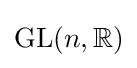
\operatorname {GL} (n,\mathbb {R} )